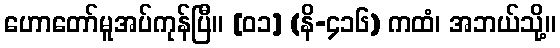
ဟောတော်မူအပ်ကုန်ပြီ။ [၀၁] (နိ-၄၁၆) ကထံ၊ အဘယ်သို့။